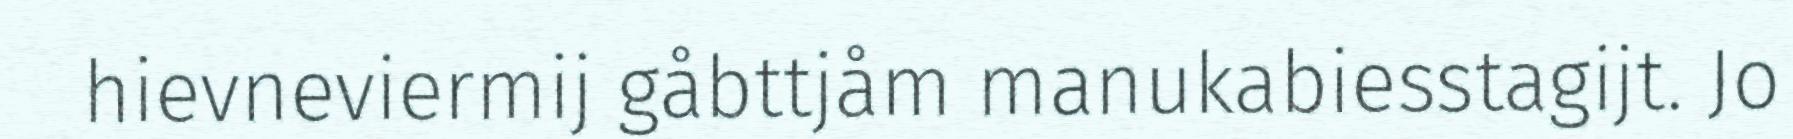
hievneviermij gåbttjåm manukabiesstagijt. Jo